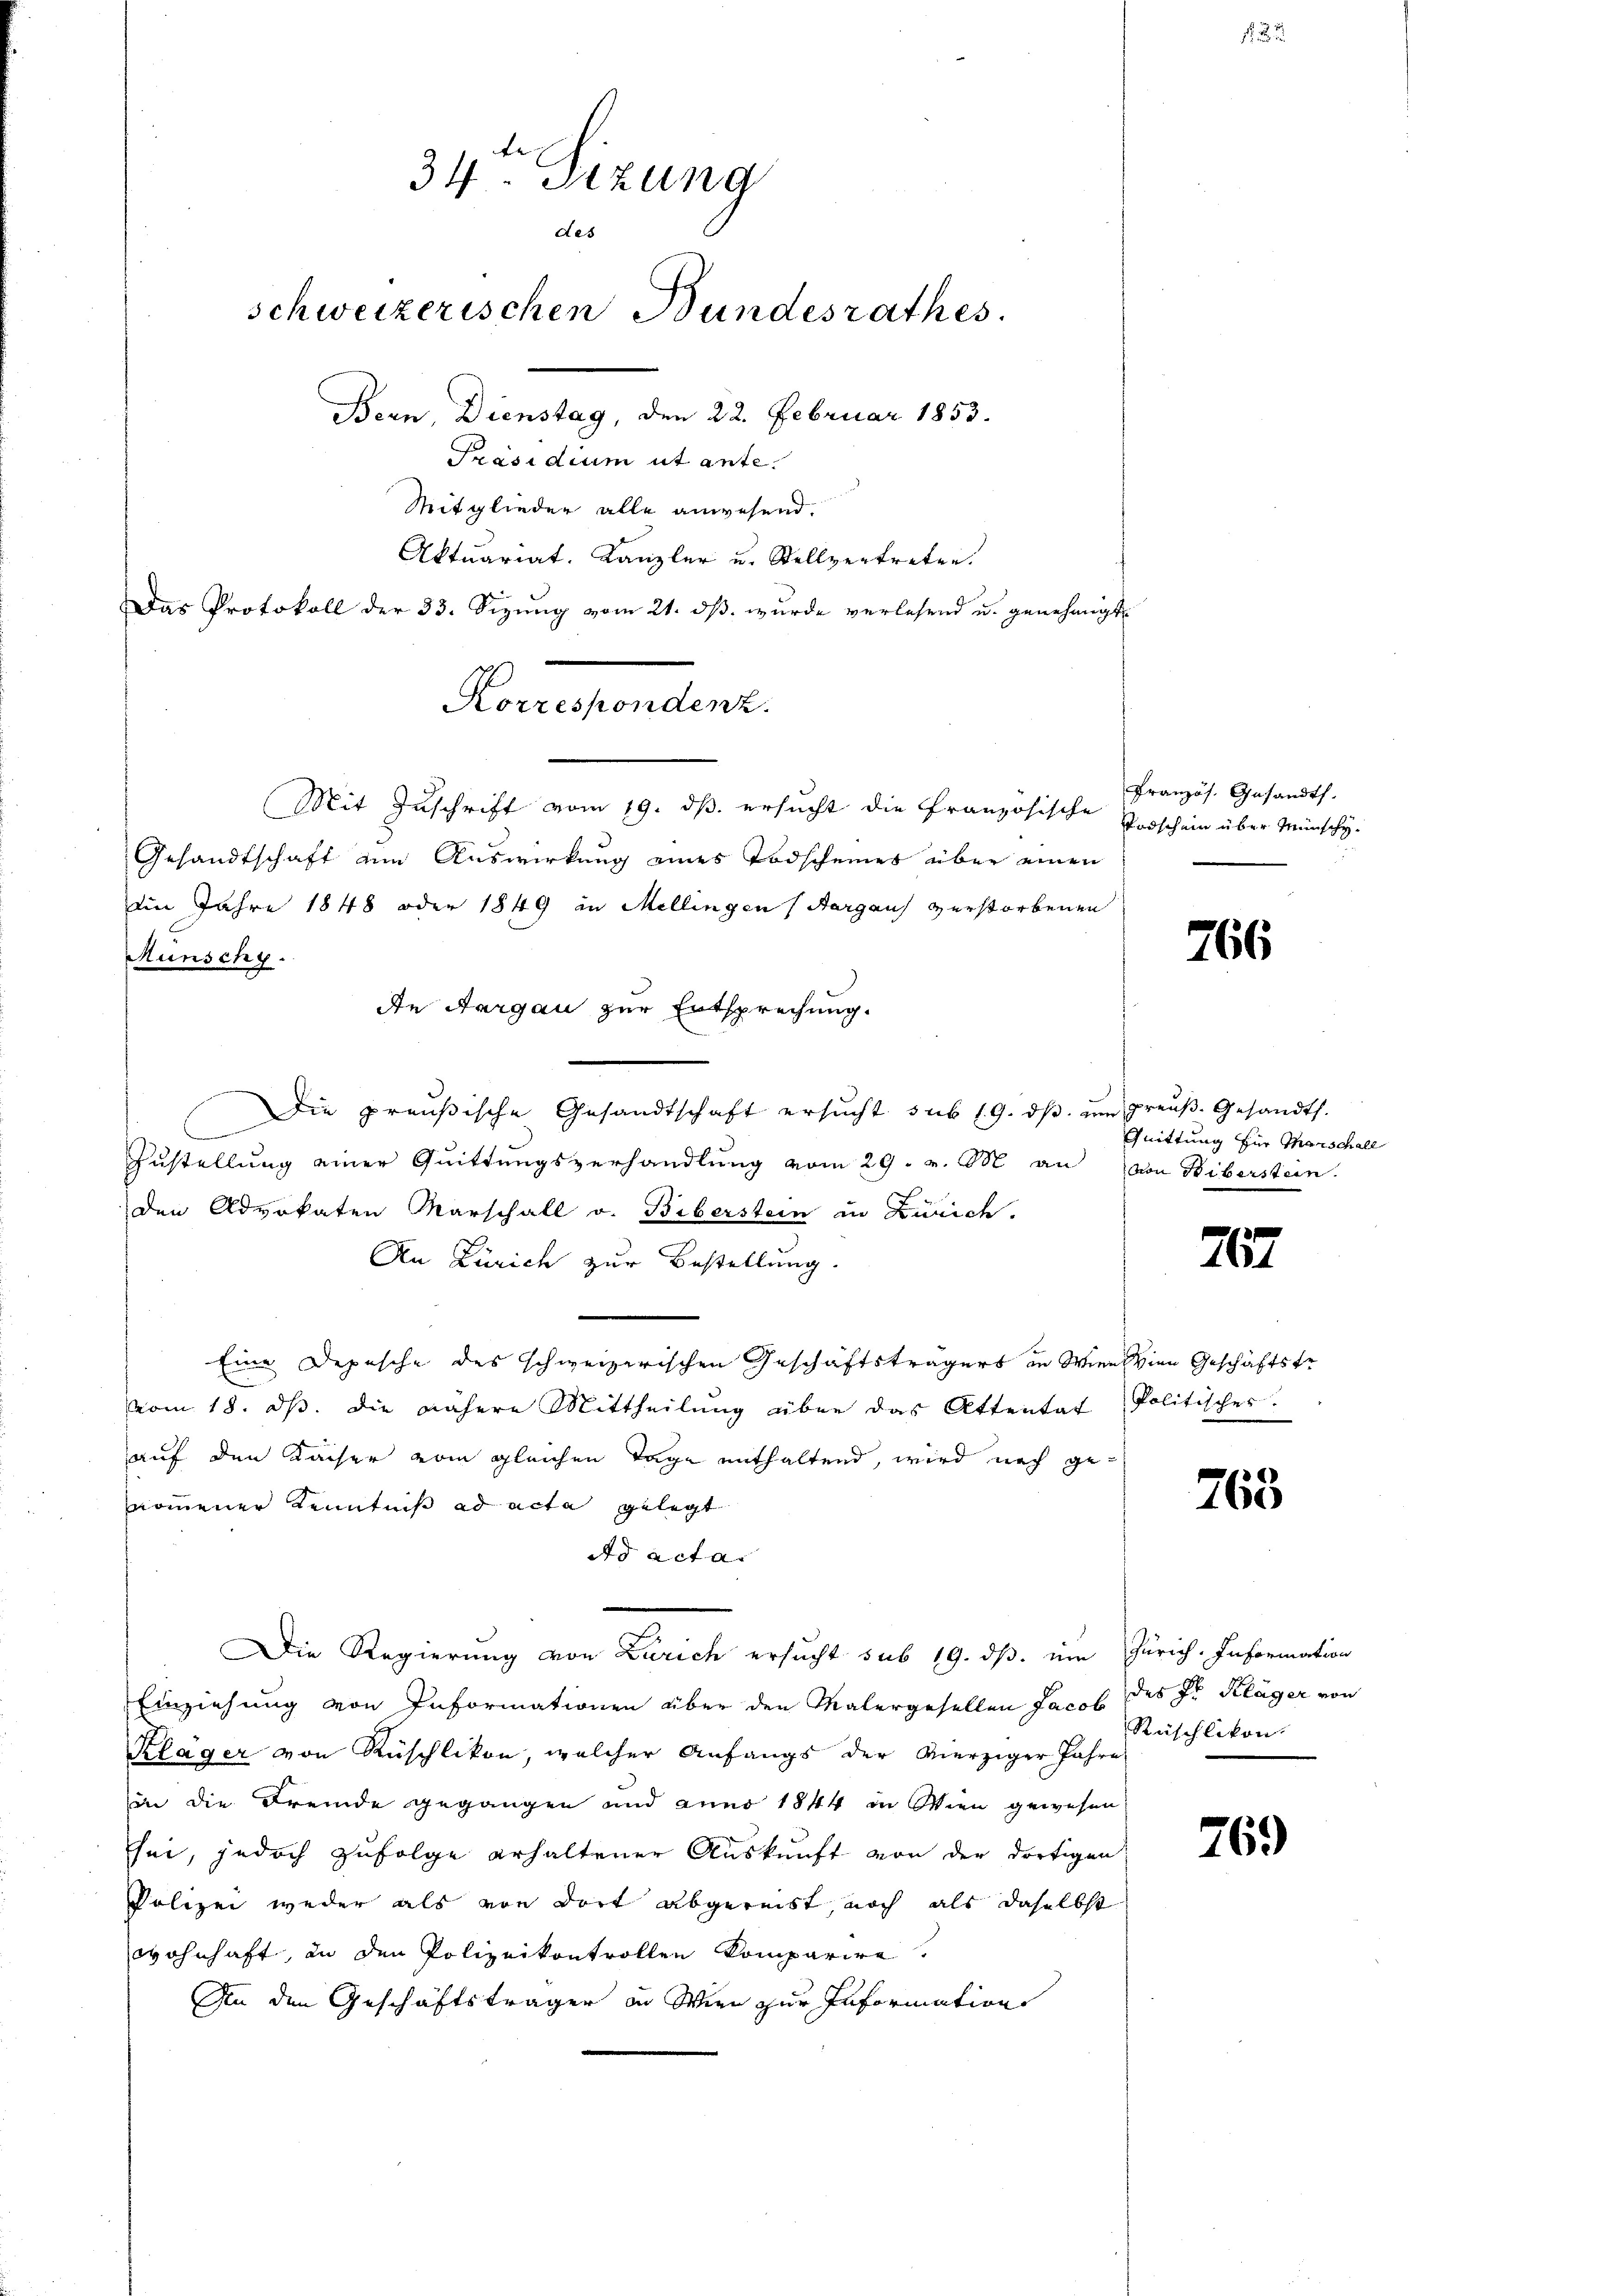
34ten Sizung
des
schweizerischen Bundesrathes.
Bern, Dienstag, den 22. Februar 1853.
Präsidium ut ante.
Mitglieder alle anwesend.
Aktuariat. Kanzler u. Stellvertreten.
Das Protokoll der 33. Sizung vom 21. ds. wurde verlesend u. genehmigt

Korrespondenz.
Mit Zuschrift vom 19. ds. ersucht die Französische Vorschein über Münschy-
Gesandtschaft am Auswirkung eines Todscheines über einen
Die Jahre 1848 oder 1849 in Mellingen (Aargau verstorbenen
An Aargau zur Entsprechung.

Runschy
Die preußische Gesandtschaft ersŭcht sub 19. dβ ŭm Preŭβ- Gesandts.
e
Zustellung einer Quittungsverhandlung vom 29. v. M. an
den Advokaten Marschall v. Biberstein in Zürich.
An Zürich zur Bestellung.
Eine Depesche des schweizerischen Geschäftsträgers in Wien Wien Geschäftstr
vom 18. ds. die nähere Mittheilung über das Attentat
auf den Kaiser vom gleichen Tage enthaltend, wird nach genommener Kenntniß ad acta gelegt
ds acta
Die Regierung von Zürich ersucht sub 19. dβ ein
Einziehung von Informationen über den Malergesellen Jacob des Ir Kläger von
Kläger von Rüschlikon, welcher Anfangs der vierziger Jahre
in die Fremde gegangen und anno 1844 in Wien gewesen
sei, jedoch zufolge erhaltener Auskunft von der dortigen
Polizei weder als von dort abgereist, noch als daselbst
wohnhaft, in den Polizeikontrollen Komparire
An den Geschäftsträger in Wien zur Information

Französ. Gesandts

766

Quittung für Marschall
von Biberstein.

767

Politischer

765

Zürich. Information
Rüschlikon.

76.)